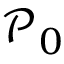
\mathscr { P } _ { 0 }